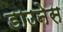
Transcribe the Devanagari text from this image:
डाउनेस